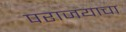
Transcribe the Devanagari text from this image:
पराजयाचा